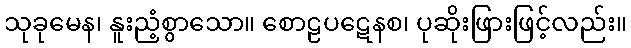
သုခုမေန၊ နူးညံ့စွာသော။ စောဠပဋေနစ၊ ပုဆိုးဖြားဖြင့်လည်း။